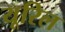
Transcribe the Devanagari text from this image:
यूरिल